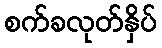
စက်ခလုတ်နှိပ်